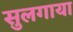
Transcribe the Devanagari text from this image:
सुलगाया